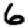
Digit: 6